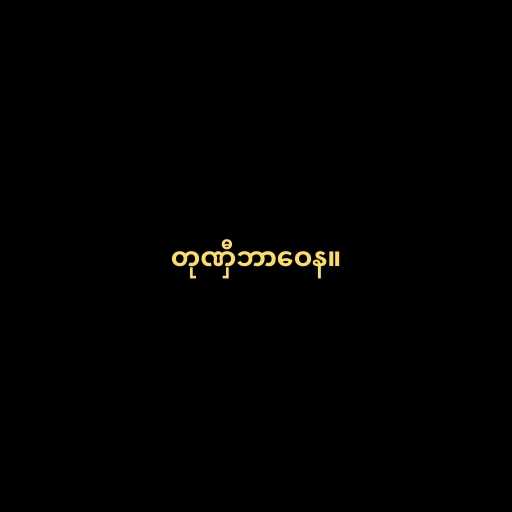
တုဏှီဘာဝေန။